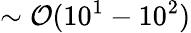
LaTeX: \sim\mathcal{O}(10^{1}-10^{2})